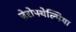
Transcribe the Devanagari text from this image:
ज़ेरोफ्थेल्मिया